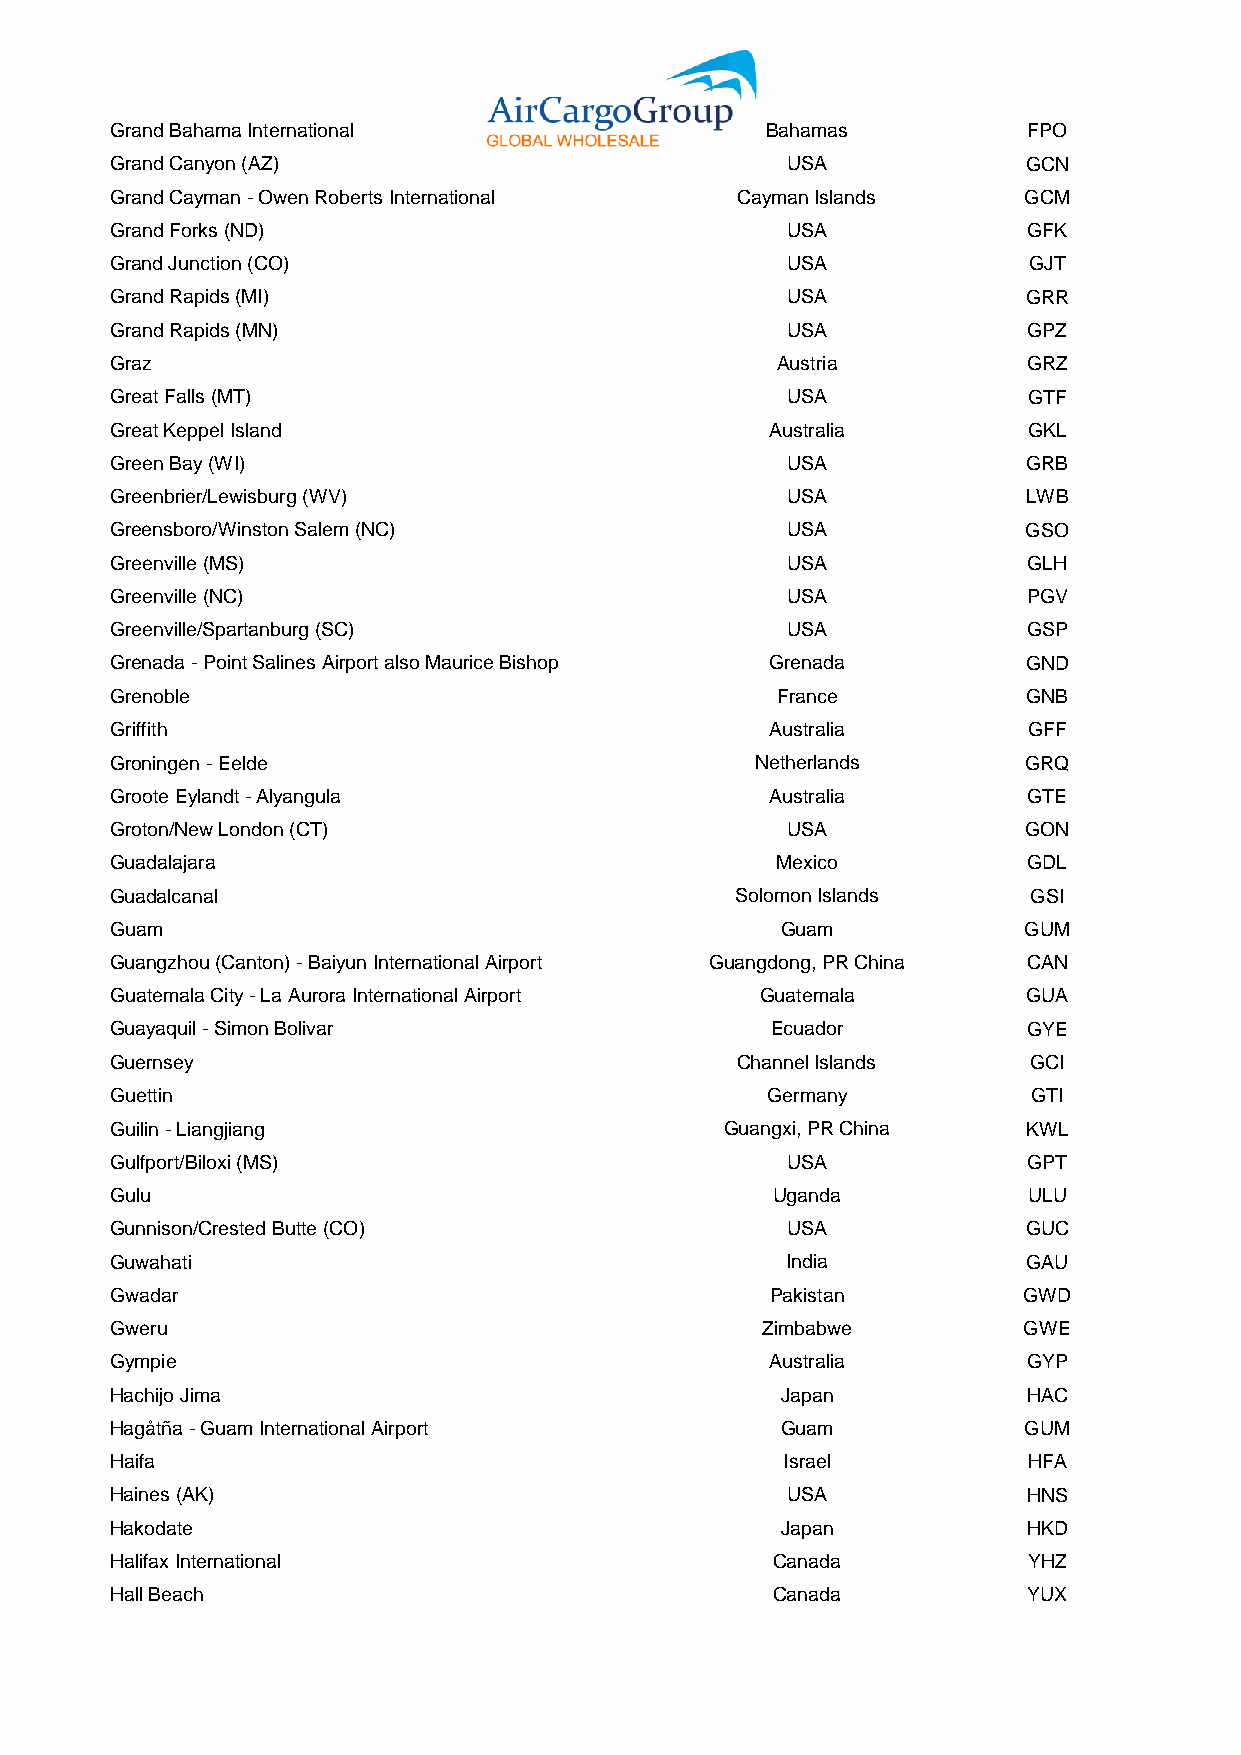
Grand Bahama International                  Bahamas          FPO
 Grand Canyon (AZ)                            USA             GCN
 Grand Cayman - Owen Roberts International Cayman Islands     GCM
 Grand Forks (ND)                             USA             GFK
 Grand Junction (CO)                          USA             GJT
 Grand Rapids (MI)                            USA             GRR
 Grand Rapids (MN)                            USA             GPZ
 Graz                                        Austria          GRZ
 Great Falls (MT)                             USA             GTF
 Great Keppel Island                         Australia        GKL
 Green Bay (WI)                               USA             GRB
 Greenbrier/Lewisburg (WV)                    USA             LWB
 Greensboro/Winston Salem (NC)                USA             GSO
 Greenville (MS)                              USA             GLH
 Greenville (NC)                              USA             PGV
 Greenville/Spartanburg (SC)                  USA             GSP
 Grenada - Point Salines Airport also Maurice Bishop Grenada  GND
 Grenoble                                    France           GNB
 Griffith                                    Australia        GFF
 Groningen - Eelde                          Netherlands       GRQ
 Groote Eylandt - Alyangula                  Australia        GTE
 Groton/New London (CT)                       USA             GON
 Guadalajara                                 Mexico           GDL
 Guadalcanal                               Solomon Islands    GSI
 Guam                                         Guam            GUM
 Guangzhou (Canton) - Baiyun International Airport Guangdong, PR China CAN
 Guatemala City - La Aurora International Airport Guatemala   GUA
 Guayaquil - Simon Bolivar                   Ecuador          GYE
 Guernsey                                  Channel Islands    GCI
 Guettin                                     Germany          GTI
 Guilin - Liangjiang                      Guangxi, PR China   KWL
 Gulfport/Biloxi (MS)                         USA             GPT
 Gulu                                        Uganda           ULU
 Gunnison/Crested Butte (CO)                  USA             GUC
 Guwahati                                     India           GAU
 Gwadar                                      Pakistan         GWD
 Gweru                                      Zimbabwe          GWE
 Gympie                                      Australia        GYP
 Hachijo Jima                                 Japan           HAC
 Hagåtña - Guam International Airport         Guam            GUM
 Haifa                                        Israel          HFA
 Haines (AK)                                  USA             HNS
 Hakodate                                     Japan           HKD
 Halifax International                       Canada           YHZ
 Hall Beach                                  Canada           YUX